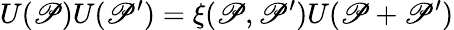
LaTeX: U(\mathscr{P})U(\mathscr{P}^{\prime})=\xi(\mathscr{P},\mathscr{P}^{\prime})U(\mathscr{P}+\mathscr{P}^{\prime})